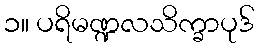
၁။ ပရိမဏ္ဍလသိက္ခာပုဒ်